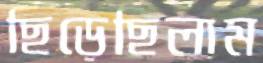
ছিঁড়েছিলাম